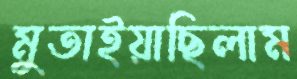
মুতাইয়াছিলাম